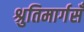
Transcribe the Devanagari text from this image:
श्रुतिमार्गसँ